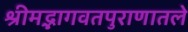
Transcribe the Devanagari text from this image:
श्रीमद्भागवतपुराणातले